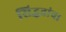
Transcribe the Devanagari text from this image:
सिद्धतांचा